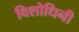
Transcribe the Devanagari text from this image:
विशोधिनी